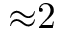
{ \approx } 2